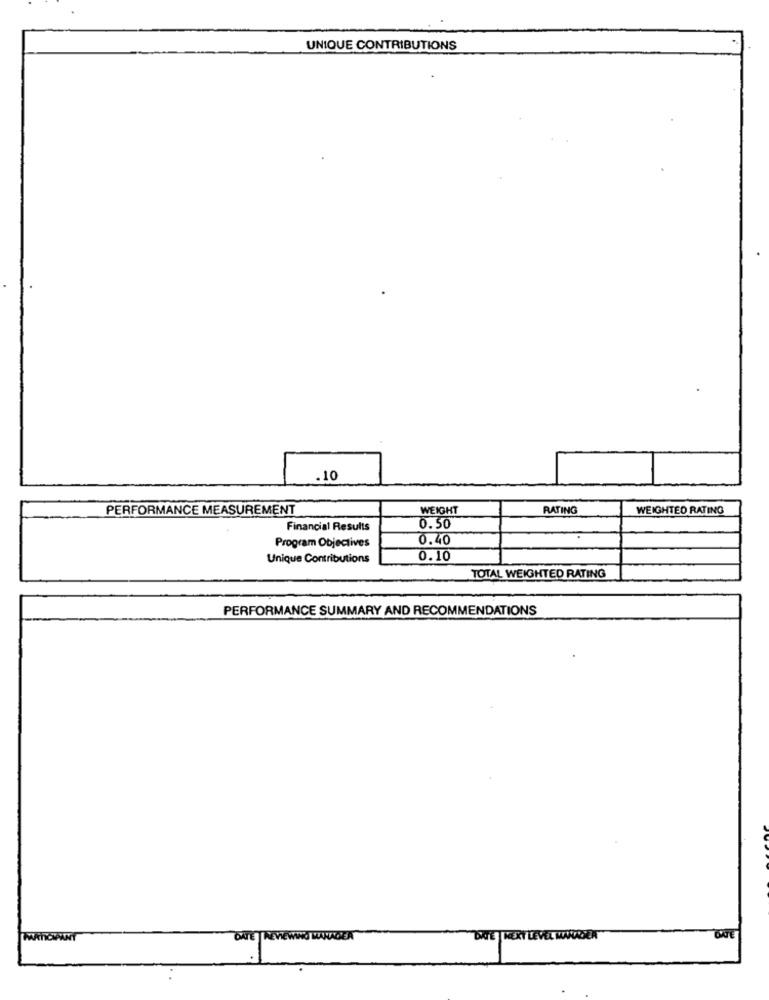
UNIQUE CONTRIBUTIONS
.10
PERFORMANCE MEASUREMENT
WEIGHT
RATING
WEIGHTED RATING
Financial Results
0.50
0.40
Program Objectives
Unique Contributions
0.10
TOTAL WEIGHTED RATING
PERFORMANCE SUMMARY AND RECOMMENDATIONS
DATE | REVIEWING MANAGEA
DATE |NEXT LEVEL MANAGER